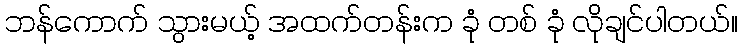
ဘန်ကောက် သွားမယ့် အထက်တန်းက ခုံ တစ် ခုံ လိုချင်ပါတယ်။